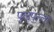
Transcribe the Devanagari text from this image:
पुलुपुल्ला